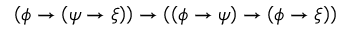
\left( \phi \to \left( \psi \rightarrow \xi \right) \right) \to \left( \left( \phi \to \psi \right) \to \left( \phi \to \xi \right) \right)